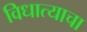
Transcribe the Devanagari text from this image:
विधात्याचा